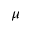
\mu